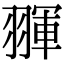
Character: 𦑩